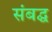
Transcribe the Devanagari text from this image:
संबद्घ